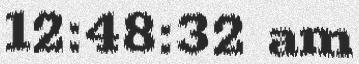
12:48:32 am